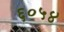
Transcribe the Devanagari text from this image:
६०५४